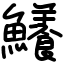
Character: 鱶